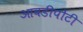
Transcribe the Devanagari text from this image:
आवडीपोटी